Annual administration report of the Civil Veterinary Department of India - 1896-1897
Year: 1896
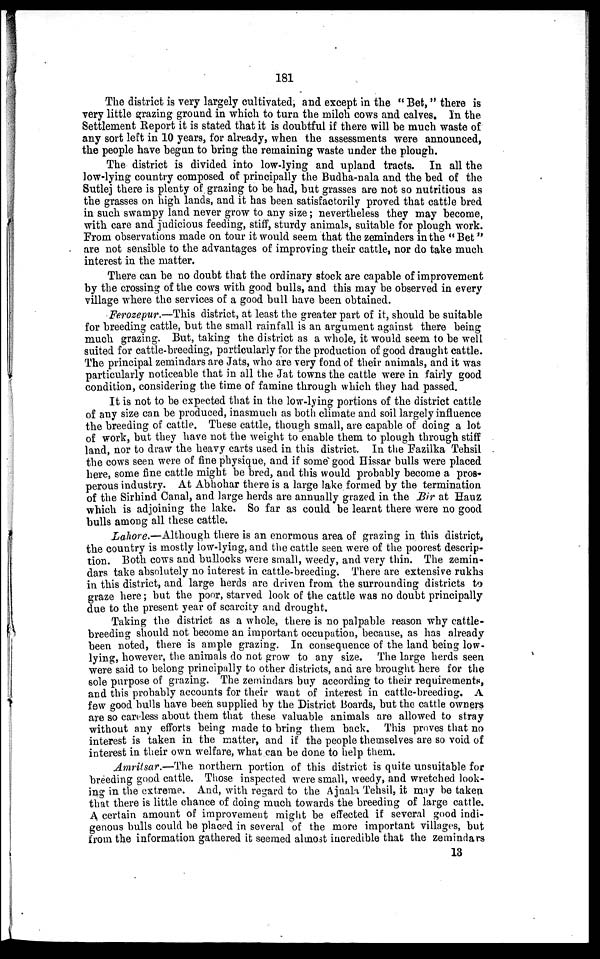
181
The district is very largely cultivated, and except in the " Bet, " there is
very little grazing ground in which to turn the milch cows and calves. In the
Settlement Report it is stated that it is doubtful if there will be much waste of
any sort left in 10 years, for already, when the assessments were announced,
the people have begun to bring the remaining waste under the plough.
The district is divided into low-lying and upland tracts. In all the
low-lying country composed of principally the Budha-nala and the bed of the
Sutlej there is plenty of grazing to be had, but grasses are not so nutritious as
the grasses on high lands, and it has been satisfactorily proved that cattle bred
in such swampy land never grow to any size; nevertheless they may become,
with care and judicious feeding, stiff, sturdy animals, suitable for plough work.
From observations made on tour it would seem that the zeminders in the " Bet "
are not sensible to the advantages of improving their cattle, nor do take much
interest in the matter.
There can be no doubt that the ordinary stock are capable of improvement
by the crossing of the cows with good bulls, and this may be observed in every
village where the services of a good bull have been obtained.
Ferozepur.—This district, at least the greater part of it, should be suitable
for breeding cattle, but the small rainfall is an argument against there being
much grazing. But, taking the district as a whole, it would seem to be well
suited for cattle-breeding, particularly for the production of good draught cattle.
The principal zemindars are Jats, who are very fond of their animals, and it was
particularly noticeable that in all the Jat towns the cattle were in fairly good
condition, considering the time of famine through which they had passed.
It is not to be expected that in the low-lying portions of the district cattle
of any size can be produced, inasmuch as both climate and soil largely influence
the breeding of cattle. These cattle, though small, are capable of doing a lot
of work, but they have not the weight to enable them to plough through stiff
land, nor to draw the heavy carts used in this district. In the Fazilka Tehsil
the cows seen were of fine physique, and if some good Hissar bulls were placed
here, some fine cattle might be bred, and this would probably become a pros-
perous industry. At Abhohar there is a large lake formed by the termination
of the Sirhind Canal, and large herds are annually grazed in the Bir at Hauz
which is adjoining the lake. So far as could be learnt there were no good
bulls among all these cattle.
Lahore.—Although there is an enormous area of grazing in this district,
the country is mostly low-lying, and the cattle seen were of the poorest descrip-
tion. Both cows and bullocks were small, weedy, and very thin. The zemin-
dars take absolutely no interest in cattle-breeding. There are extensive rukhs
in this district, and large herds are driven from the surrounding districts to
graze here; but the poor, starved look of the cattle was no doubt principally
due to the present year of scarcity and drought.
Taking the district as a whole, there is no palpable reason why cattle-
breeding should not become an important occupation, because, as has already
been noted, there is ample grazing. In consequence of the land being low-
lying, however, the animals do not grow to any size. The large herds seen
were said to belong principally to other districts, and are brought here for the
sole purpose of grazing. The zemindars buy according to their requirements,
and this probably accounts for their want of interest in cattle-breeding. A
few good bulls have been supplied by the District Boards, but the cattle owners
are so careless about them that these valuable animals are allowed to stray
without any efforts being made to bring them back. This proves that no
interest is taken in the matter, and if the people themselves are so void of
interest in their own welfare, what can be done to help them.
Amritsar.—The northern portion of this district is quite unsuitable for
breeding good cattle. Those inspected were small, weedy, and wretched look-
ing in the extreme. And, with regard to the Ajnala Tehsil, it may be taken
that there is little chance of doing much towards the breeding of large cattle.
A certain amount of improvement might be effected if several good indi-
genous bulls could be placed in several of the more important villages, but
from the information gathered it seemed almost incredible that the zemindars
13